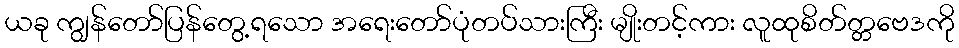
ယခု ကျွန်တော်ပြန်တွေ့ရသော အရေးတော်ပုံတပ်သားကြီး မျိုးတင့်ကား လူထုစိတ်တ္တဗေဒကို